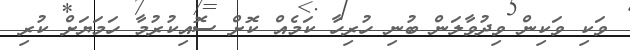
ވަކި ވަކިން ވިދުވާލަން ބުނި ހުރިހާ ކަމެއް ކޮށް ސޮއިކުރުމާ ހަމަޔަށް ކުރި